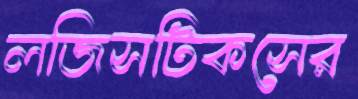
লজিসটিকসের